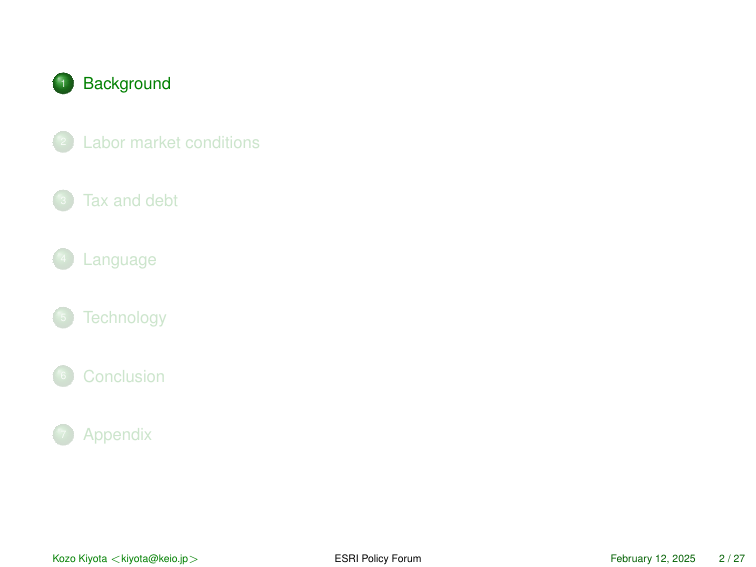
1 Background
2 Labor market conditions
3 Tax and debt
4 Language
5 Technology
6 Conclusion
7 Appendix

Kozo Kiyota <kiyota@keio.jp>
ESRI Policy Forum
February 12, 2025  2 / 27